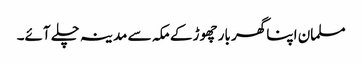
مسلمان اپنا گھر بار چھوڑ کے مکہ سے مدینہ چلے آئے۔